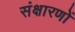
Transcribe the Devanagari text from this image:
संक्षारणों